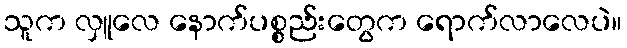
သူက လှူလေ နောက်ပစ္စည်းတွေက ရောက်လာလေပဲ။